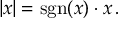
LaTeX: | x | = \operatorname { s g n } ( x ) \cdot x \, .